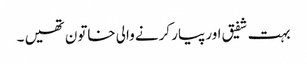
بہت شفیق اور پیار کرنے والی خاتون تھیں ۔